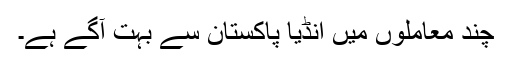
چند معاملوں میں انڈیا پاکستان سے بہت آگے ہے۔